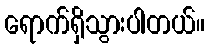
ရောက်ရှိသွားပါတယ်။